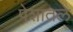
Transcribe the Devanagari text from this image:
पेशातले